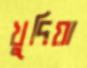
খুদিয়া